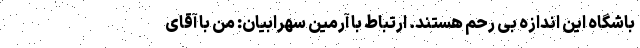
باشگاه این اندازه بی رحم هستند. ارتباط با آرمین سهرابیان: من با آقای